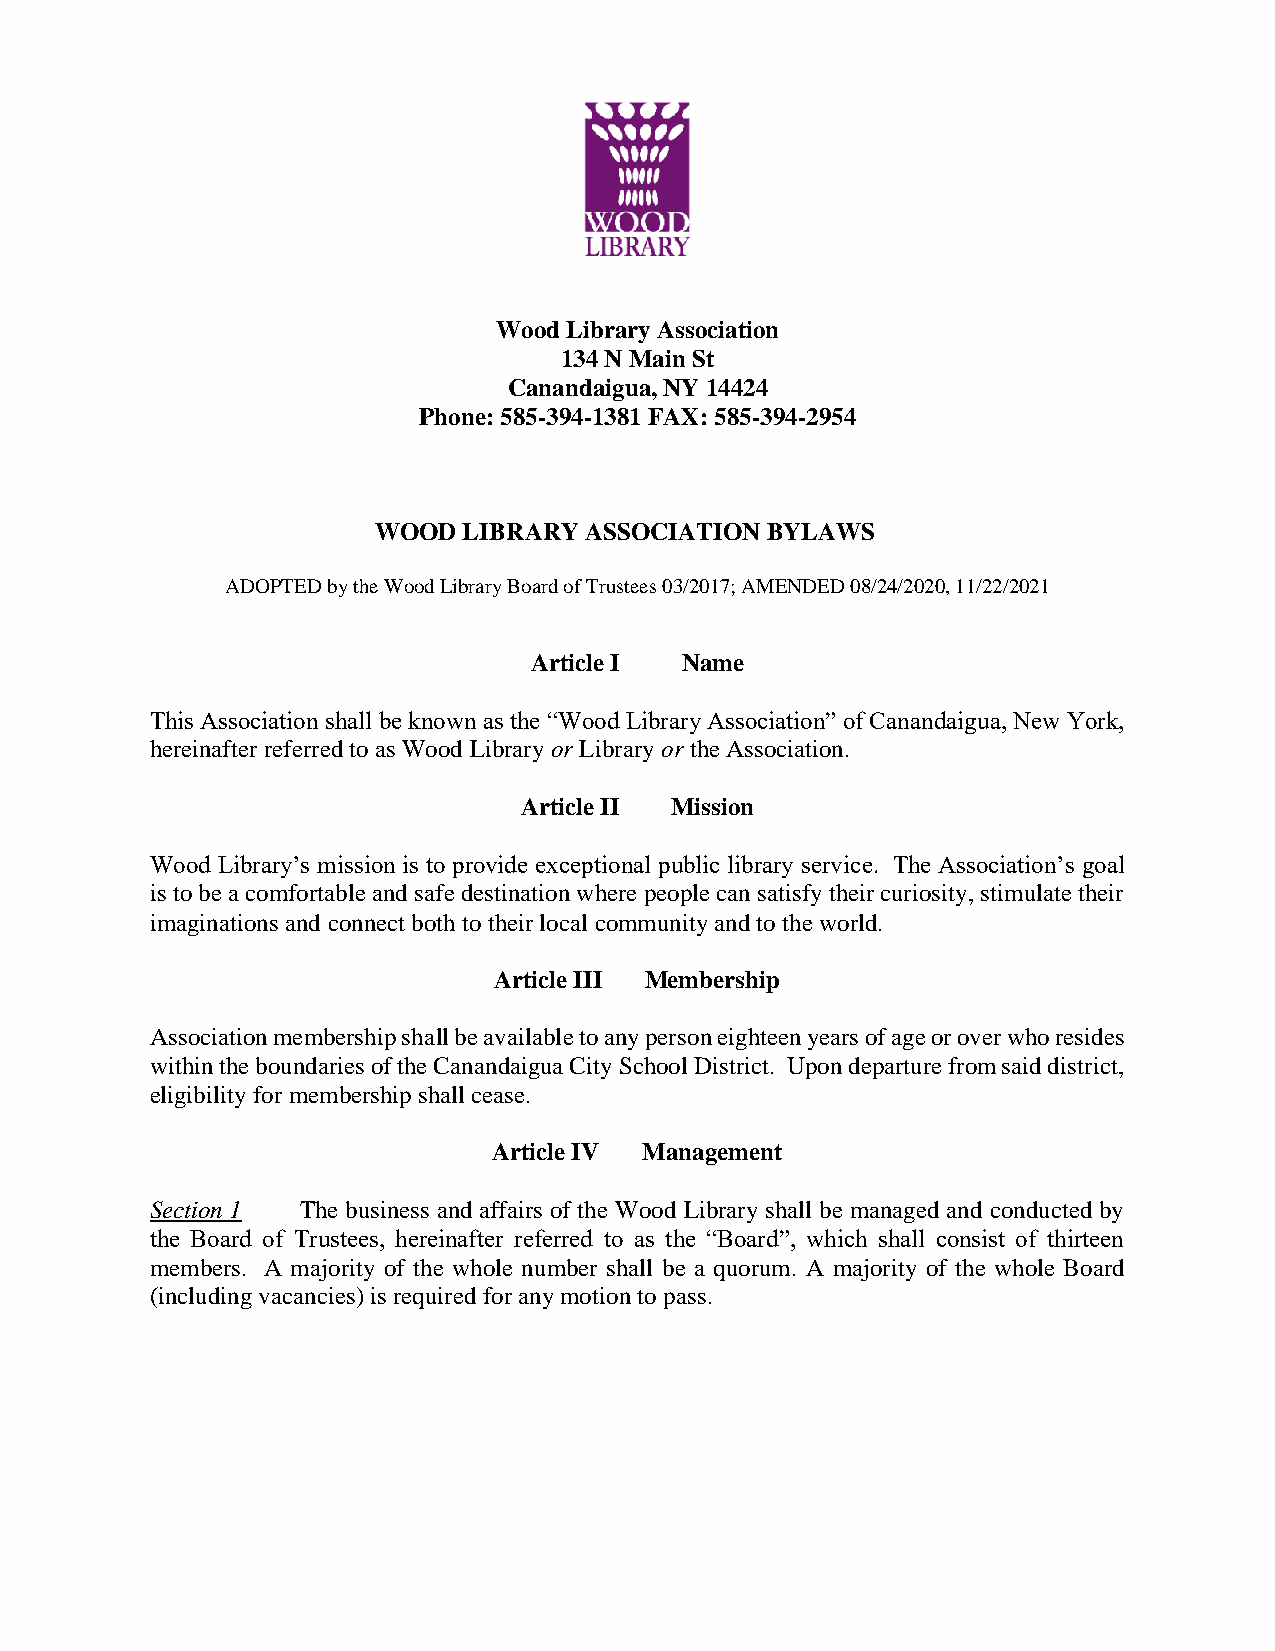
Wood Library Association
 134 N Main St
 Canandaigua, NY 14424
 Phone: 585-394-1381 FAX: 585-394-2954
 WOOD  LIBRARY ASSOCIATION BYLAWS
 ADOPTED by the Wood Library Board of Trustees 03/2017; AMENDED 08/24/2020, 11/22/2021
 Article I Name
 This Association shall be known as the “Wood Library Association” of Canandaigua, New York,
 hereinafter referred to as Wood Library or Library or the Association.
 Article II Mission
 Wood Library’s mission is to provide exceptional public library service. The Association’s goal
 is to be a comfortable and safe destination where people can satisfy their curiosity, stimulate their
 imaginations and connect both to their local community and to the world.
 Article III Membership
 Association membership shall be available to any person eighteen years of age or over who resides
 within the boundaries of the Canandaigua City School District. Upon departure from said district,
 eligibility for membership shall cease.
 Article IV Management
 Section 1 The business and affairs of the Wood Library shall be managed and conducted by
 the Board of Trustees, hereinafter referred to as the “Board”, which shall consist of thirteen
 members. A majority of the whole number shall be a quorum. A majority of the whole Board
 (including vacancies) is required for any motion to pass.